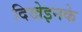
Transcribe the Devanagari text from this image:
दिखेइनके